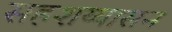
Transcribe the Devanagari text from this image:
सहशय्यासन